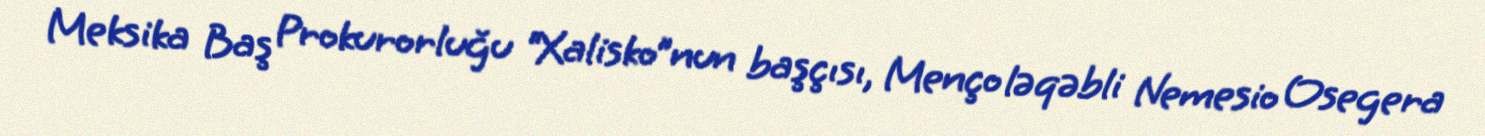
Meksika Baş Prokurorluğu “Xalisko”nun başçısı, Menço ləqəbli Nemesio Osegera